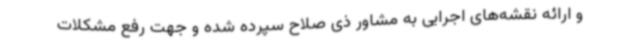
و ارائه نقشه‌های اجرایی به مشاور ذی صلاح سپرده شده و جهت رفع مشکلات